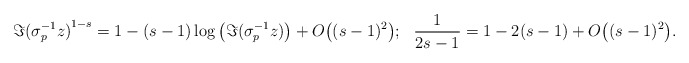
\begin{align*}&\Im{(\sigma_{p}^{-1}z)}^{1-s}=1 - (s-1)\log\big(\Im{(\sigma_{p}^{-1}z)}\big)+ O\big((s-1)^{2}\big); \,\,\,\,\frac{1}{2s-1} = 1- 2(s-1) + O\big((s-1)^{2}\big).\end{align*}